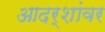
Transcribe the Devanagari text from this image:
आदर्शांवर